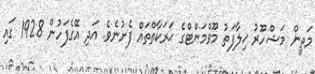
މަތީން މަޝްހޫރު ޚިލާފަތު މޫވްމަންޓްގެ ޙަރަކާތްތައް ފެށުނެވެ. އަދި އޭގެފަހުން 1928 ގައި